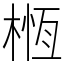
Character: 㮓